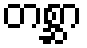
တစ္ဆာ